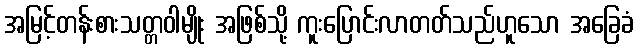
အမြင့်တန်းစားသတ္တဝါမျိုး အဖြစ်သို့ ကူးပြောင်းလာတတ်သည်ဟူသော အခြေခံ